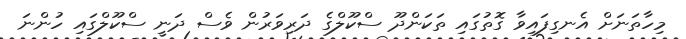
މިހާތަނަށް އެނގިފައިވާ ގޮތުގައި ތަކަންދޫ ސްކޫލްގެ ދަރިވަރުން ވެސް ދަނީ ސްކޫލްގައި ހުންނަ